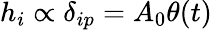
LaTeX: h_{i}\propto\delta_{ip}=A_{0}\theta(t)